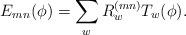
LaTeX: \begin{align*}E_{mn}(\phi) = \sum_{w} R^{(mn)}_{w} T_{w}(\phi).\end{align*}